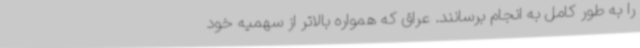
را به طور کامل به انجام برسانند. عراق که همواره بالاتر از سهمیه خود